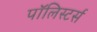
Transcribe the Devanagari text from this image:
पॉलिस्टर्स